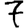
Digit: 7